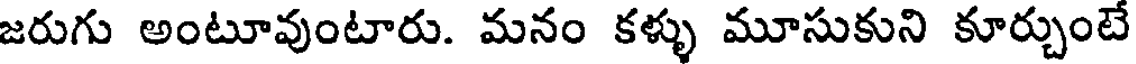
జరుగు అంటూవుంటారు. మనం కళ్ళు మూసుకుని కూర్చుంటే